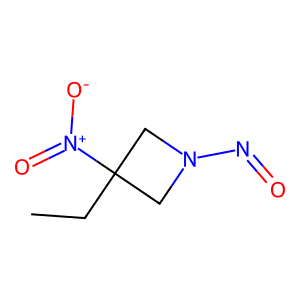
SMILES: CCC1([N+](=O)[O-])CN(N=O)C1
Inhibits HIV replication: No